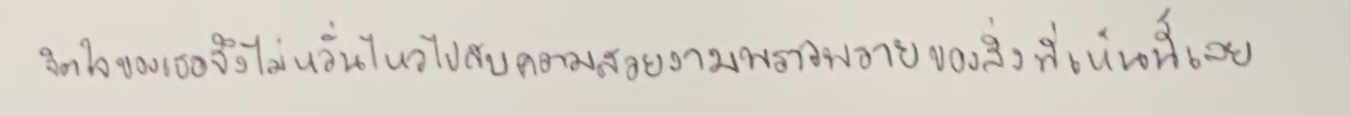
จิตใจของเธอจึงไม่หวั่นไหวไปกับความสวยงามพราวพรายของสิ่งที่เห็นนี้เลย